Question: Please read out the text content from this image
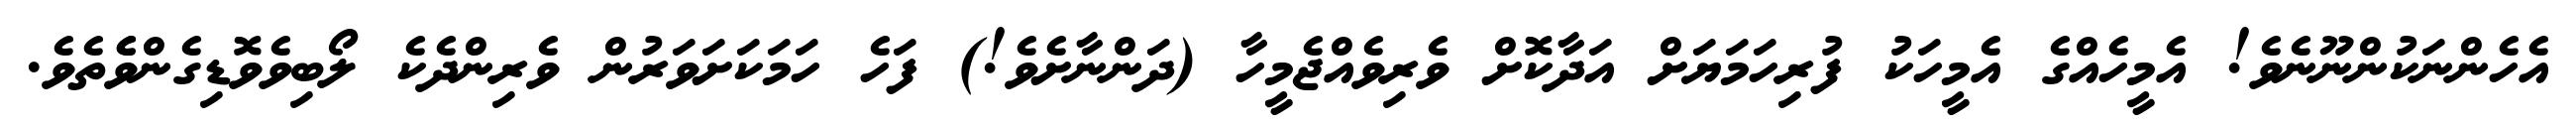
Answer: އެހެންނަކުންނޫނެވެ! އެމީހެއްގެ އެމީހަކު ފުރިހަމަޔަށް އަދާކޮށް ވެރިވެއްޖެމީހާ (ދަންނާށެވެ!) ފަހެ ހަމަކަށަވަރުން ވެރިންދެކެ ލޯބިވެވޮޑިގެންވެެތެވެ.